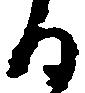
る